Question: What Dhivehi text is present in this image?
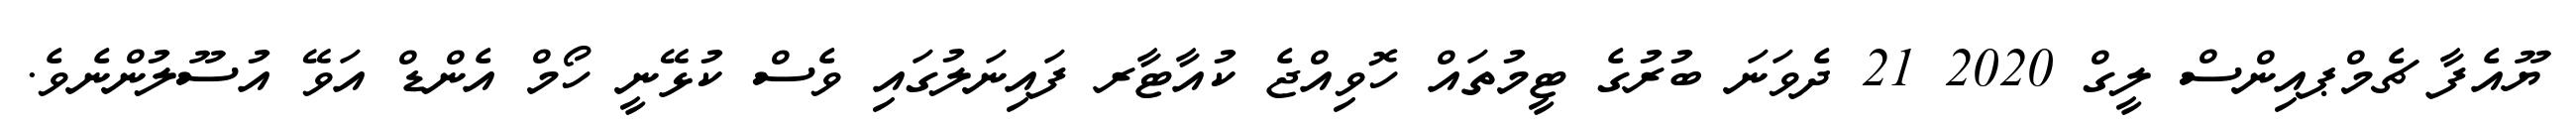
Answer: ޔޫއެފާ ޗެމްޕއިންސް ލީގް 2020 21 ދެވަނަ ބުރުގެ ޓީމުތައް ހޮވިއްޖެ ކުއާޓާރ ފައިނަލުގައި ވެސް ކުޅޭނީ ހޯމް އެންޑް އަވޭ އުސޫލުންނެވެ.